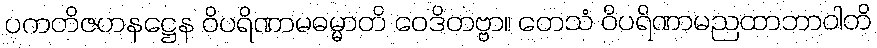
ပကတိဇဟနဋ္ဌေန ဝိပရိဏာမဓမ္မာတိ ဝေဒိတဗ္ဗာ။ တေသံ ဝိပရိဏာမညထာဘာဝါတိ